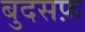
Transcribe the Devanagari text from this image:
बुदसफ़